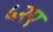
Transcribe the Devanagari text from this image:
५२ए